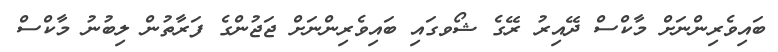
ބައިވެރިންނަށް މާކްސް ދޭއިރު ރޭގެ ޝޯވގައި ބައިވެރިންނަށް ޖަޖުންގެ ފަރާތުން ލިބުނު މާކްސް